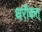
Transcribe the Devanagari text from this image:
थरीकत्